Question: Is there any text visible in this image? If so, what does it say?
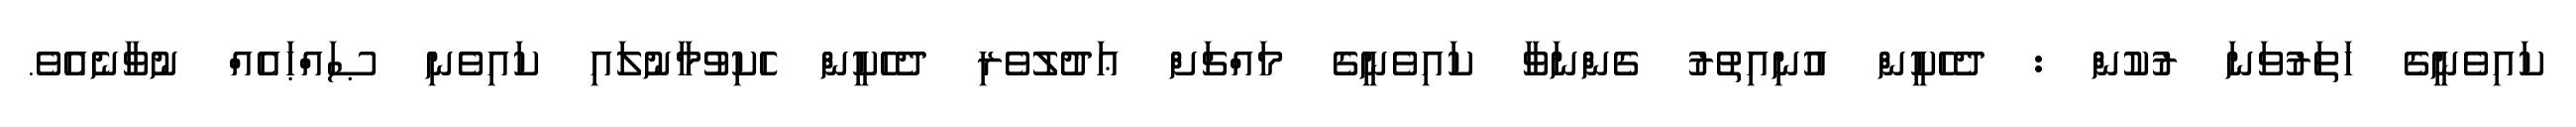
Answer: ކައިވެނީގެ ހަތަރުވަނަ ރުކުން : ދެހެކީން އުނިއިތުރު ގެންނަވާ ކައިވެނީގެ މައްޗަށް ޢަދުލުވެރި ދެހެކީން ހެކިވުމާނުލައި ކައިވެނި ޞައްޙައެއް ނުވާނެއެވެ.